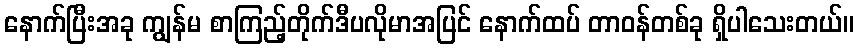
နောက်ပြီးအခု ကျွန်မ စာကြည့်တိုက်ဒီပလိုမာအပြင် နောက်ထပ် တာဝန်တစ်ခု ရှိပါသေးတယ်။